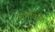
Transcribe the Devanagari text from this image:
आणविकि